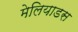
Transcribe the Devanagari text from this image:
मेलियाडस